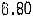
6.80